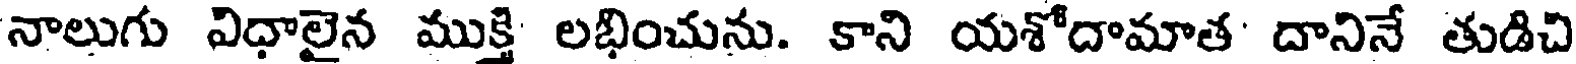
నాలుగు విధాలైన ముక్తి లభించును. కాని యశోదామాత' దానినే తుడిచి